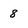
Character: 8